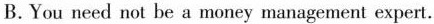
B. You need not be a money management expert.